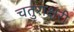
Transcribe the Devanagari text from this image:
चतुराक्षरी